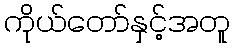
ကိုယ်တော်နှင့်အတူ